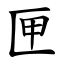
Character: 匣